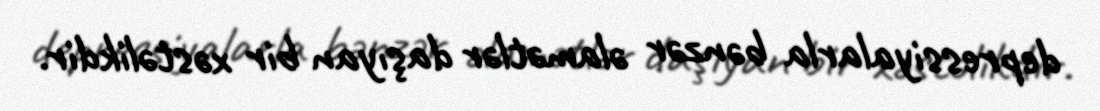
depressiyalarla bənzər əlamətlər daşıyan bir xəstəlikdir.